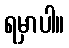
ရမှာပါ။